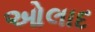
ઓલાદ